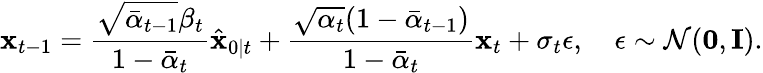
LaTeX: \mathbf{x}_{t-1}=\frac{\sqrt{\bar{\alpha}_{t-1}}\beta_{t}}{1-\bar{\alpha}_{t}}\hat{\mathbf{x}}_{0\mid t}+\frac{\sqrt{\alpha_{t}}(1-\bar{\alpha}_{t-1})}{1-\bar{\alpha}_{t}}\mathbf{x}_{t}+\sigma_{t}\epsilon,\quad\epsilon\sim\mathcal{N}(\mathbf{0},\mathbf{I}).